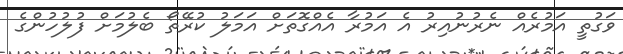
ވަގުތީ އަމުރެއް ނެރުނުއިރު އެ އަމުރާ އެއްގޮތަށް އަމަލު ކުރޭތޯ ބެލުމަށް ފުލުހުންގެ